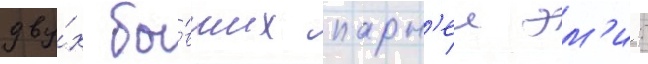
дву́х бы́вших парн'еи эм'и: